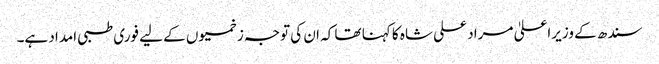
سندھ کے وزیراعلیٰ مراد علی شاہ کا کہنا تھا کہ ان کی توجہ زخمیوں کے لیے فوری طبی امداد ہے۔